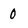
Character: 0